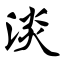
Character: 淡